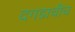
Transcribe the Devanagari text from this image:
दगडाचीच